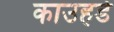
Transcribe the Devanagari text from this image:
काउहर्ड